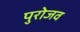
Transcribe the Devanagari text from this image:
पुरोजव